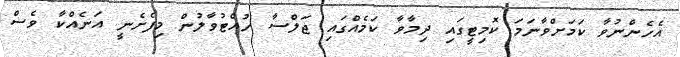
އެހެންނުވާ ކަމަށްވާނަމަ ކޮމިޓީގައި ދިމާވާ ކަމެއްގައި ޖަލްސާ ހުއްޓުވާލުން މިފެށެނީ އަނެއްކާ ވެސް